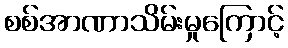
စစ်အာဏာသိမ်းမှုကြောင့်